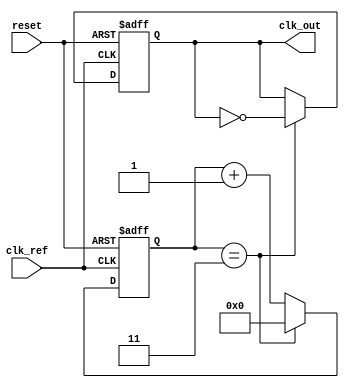
module PLL (
    input wire clk_ref,          // Reference clock input
    input wire reset,            // Reset signal
    output reg clk_out           // Output clock
);

    // Parameters
    parameter DIV_RATIO = 4;     // Frequency divider ratio
    parameter VCO_MAX_FREQ = 100; // Max frequency for VCO
    parameter VCO_MIN_FREQ = 10;  // Min frequency for VCO

    // Internal signals
    reg [1:0] phase_detector_out; // Output of phase detector
    reg [7:0] loop_filter_out;     // Output of loop filter
    reg [7:0] vco_out;             // Output of VCO
    reg [3:0] counter;             // Frequency divider counter

    // Phase Detector (XOR based for simplicity)
    always @(posedge clk_ref or posedge reset) begin
        if (reset) begin
            phase_detector_out <= 2'b00;
        end else begin
            // Compare reference clock and feedback clock (feedback is vco_out divided)
            phase_detector_out <= (clk_ref ^ (clk_out)) ? 2'b01 : 2'b00; // Simple phase comparison
        end
    end

    // Loop Filter (First order)
    always @(posedge clk_ref or posedge reset) begin
        if (reset) begin
            loop_filter_out <= 8'b0;
        end else begin
            loop_filter_out <= loop_filter_out + phase_detector_out; // Integrate phase error
        end
    end

    // Voltage-Controlled Oscillator (VCO)
    always @(posedge clk_ref or posedge reset) begin
        if (reset) begin
            vco_out <= VCO_MIN_FREQ;
        end else begin
            // Control VCO frequency based on loop filter output
            if (loop_filter_out > 8'd100) begin
                vco_out <= VCO_MAX_FREQ;
            end else if (loop_filter_out < 8'd10) begin
                vco_out <= VCO_MIN_FREQ;
            end else begin
                vco_out <= loop_filter_out[7:0] + VCO_MIN_FREQ; // Scale to VCO range
            end
        end
    end

    // Frequency Divider
    always @(posedge clk_ref or posedge reset) begin
        if (reset) begin
            counter <= 4'b0;
            clk_out <= 1'b0;
        end else begin
            if (counter == DIV_RATIO - 1) begin
                clk_out <= ~clk_out; // Toggle output clock
                counter <= 4'b0;     // Reset counter
            end else begin
                counter <= counter + 1; // Increment counter
            end
        end
    end

endmodule